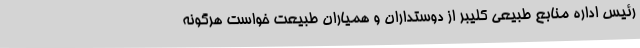
رئیس اداره منابع طبیعی کلیبر از دوستداران و همیاران طبیعت خواست هرگونه